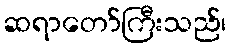
ဆရာတော်ကြီးသည်၊